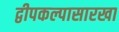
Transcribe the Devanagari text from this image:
द्वीपकल्पासारखा